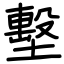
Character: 墼